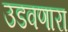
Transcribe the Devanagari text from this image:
उडवणारा